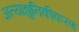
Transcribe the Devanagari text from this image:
अत्याधुनिकीकरण